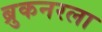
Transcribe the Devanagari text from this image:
ब्रुकनरला